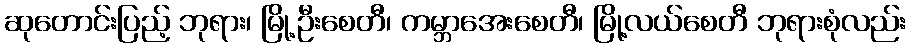
ဆုတောင်းပြည့် ဘုရား၊ မြို့ဦးစေတီ၊ ကမ္ဘာအေးစေတီ၊ မြို့လယ်စေတီ ဘုရားစုံလည်း